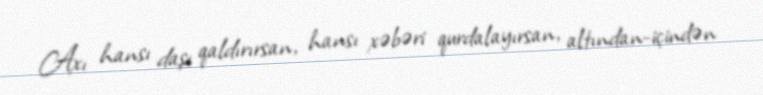
Axı hansı daşı qaldırırsan, hansı xəbəri qurdalayırsan, altından-içindən